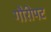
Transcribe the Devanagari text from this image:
गौरीपट